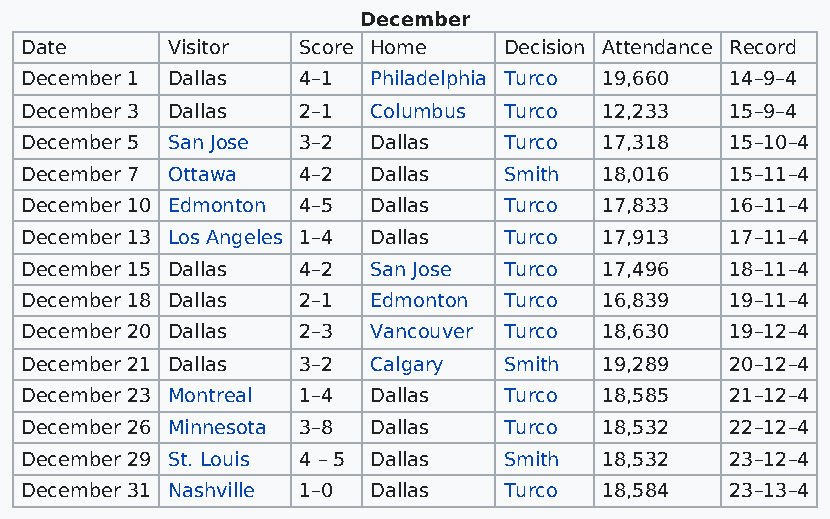
December
 Date      Visitor  Score Home   Decision Attendance Record
 December 1 Dallas  4–1 Philadelphia Turco 19,660 14–9–4
 December 3 Dallas  2–1 Columbus Turco  12,233  15–9–4
 December 5 San Jose 3–2 Dallas  Turco  17,318  15–10–4
 December 7 Ottawa  4–2 Dallas   Smith  18,016  15–11–4
 December 10 Edmonton 4–5 Dallas Turco  17,833  16–11–4
 December 13 Los Angeles 1–4 Dallas Turco 17,913 17–11–4
 December 15 Dallas 4–2 San Jose Turco  17,496  18–11–4
 December 18 Dallas 2–1 Edmonton Turco  16,839  19–11–4
 December 20 Dallas 2–3 Vancouver Turco 18,630  19–12–4
 December 21 Dallas 3–2 Calgary  Smith  19,289  20–12–4
 December 23 Montreal 1–4 Dallas Turco  18,585  21–12–4
 December 26 Minnesota 3–8 Dallas Turco 18,532  22–12–4
 December 29 St. Louis 4 – 5 Dallas Smith 18,532 23–12–4
 December 31 Nashville 1–0 Dallas Turco 18,584  23–13–4